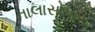
નાલાસોપારા